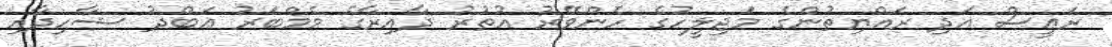
ރަޢީސް އަދި ރައްޔިތުންގެ މަޖިލީހުގެ ހެންވޭރު އުތުރު ދާއިރާގެ މެމްބަރު ޢަބްދު ޝާހިދާއި